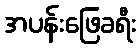
အပန်းဖြေခရီး